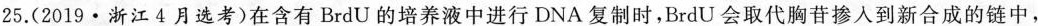
25. (2019 · 浙江4月选考) 在含有BrdU的培养液中进行DNA复制时，BrdU会取代胸苷掺入到新合成的链中,